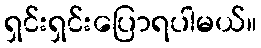
ရှင်းရှင်းပြောရပါမယ်။